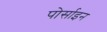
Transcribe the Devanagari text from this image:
पोर्साइन